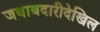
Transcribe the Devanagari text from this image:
जबाबदारीदेखिल